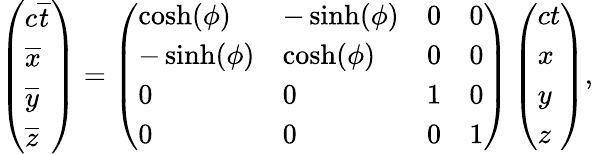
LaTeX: \left(\begin{array}{l}{c\overline{{t}}}\\ {\overline{{x}}}\\ {\overline{{y}}}\\ {\overline{{z}}}\end{array}\right)=\left(\begin{array}{llll}{\cosh(\phi)}&{-\sinh(\phi)}&{0}&{0}\\ {-\sinh(\phi)}&{\cosh(\phi)}&{0}&{0}\\ {0}&{0}&{1}&{0}\\ {0}&{0}&{0}&{1}\end{array}\right)\left(\begin{array}{l}{ct}\\ {x}\\ {y}\\ {z}\end{array}\right),